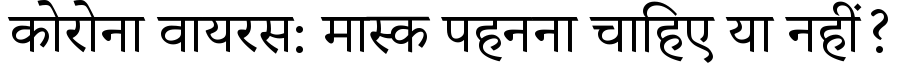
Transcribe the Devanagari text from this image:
कोरोना वायरस: मास्क पहनना चाहिए या नहीं?